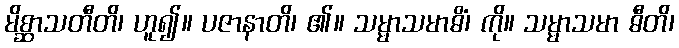
မိစ္ဆာသတီတိ၊ ဟူ၍။ ပဇာနာတိ၊ ၏။ သမ္မာသမာဓိံ၊ ကို။ သမ္မာသမာ ဓီတိ၊